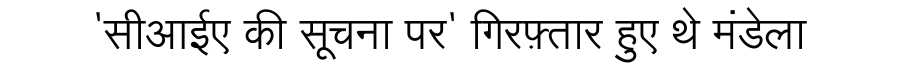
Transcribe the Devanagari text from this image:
'सीआईए की सूचना पर' गिरफ़्तार हुए थे मंडेला